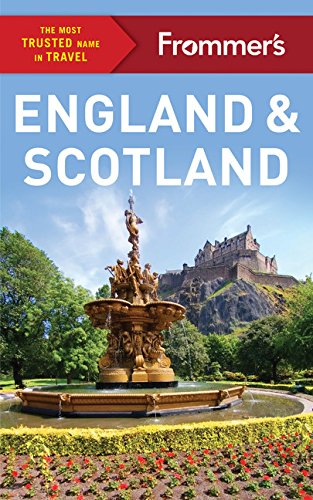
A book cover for Frommer's England and Scotland (Color Complete Guide); Stephen Brewer; Travel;